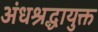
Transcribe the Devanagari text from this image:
अंधश्रद्धायुक्त